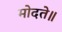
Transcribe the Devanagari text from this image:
मोदते॥